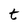
Character: t